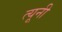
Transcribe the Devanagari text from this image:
त्‍यूनी